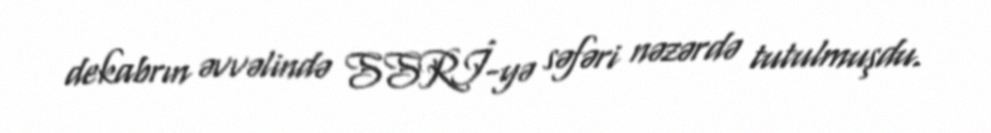
dekabrın əvvəlində SSRİ-yə səfəri nəzərdə tutulmuşdu.